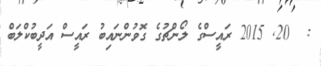
:  20